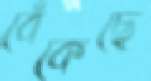
বেঁকেছে